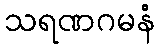
သရဏဂမနံ